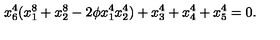
x _ { 6 } ^ { 4 } ( x _ { 1 } ^ { 8 } + x _ { 2 } ^ { 8 } - 2 \phi x _ { 1 } ^ { 4 } x _ { 2 } ^ { 4 } ) + x _ { 3 } ^ { 4 } + x _ { 4 } ^ { 4 } + x _ { 5 } ^ { 4 } = 0 .